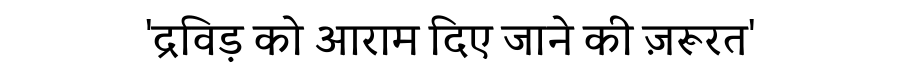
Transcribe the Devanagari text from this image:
'द्रविड़ को आराम दिए जाने की ज़रूरत'